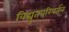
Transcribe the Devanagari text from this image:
विद्युतपरिवर्तन